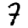
Digit: 7